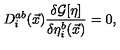
D _ { i } ^ { a b } ( \vec { x } ) \frac { \delta { \cal G } [ \eta ] } { \delta \eta _ { i } ^ { b } ( \vec { x } ) } = 0 ,